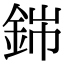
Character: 銟